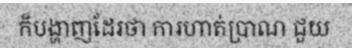
ក៏បង្ហាញដែរថា ការហាត់ប្រាណ ជួយ